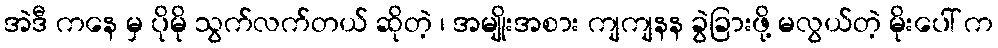
အဲဒီ ကနေ မှ ပိုမို သွက်လက်တယ် ဆိုတဲ့ ၊ အမျိုးအစား ကျကျနန ခွဲခြားဖို့ မလွယ်တဲ့ မိုးပေါ် က